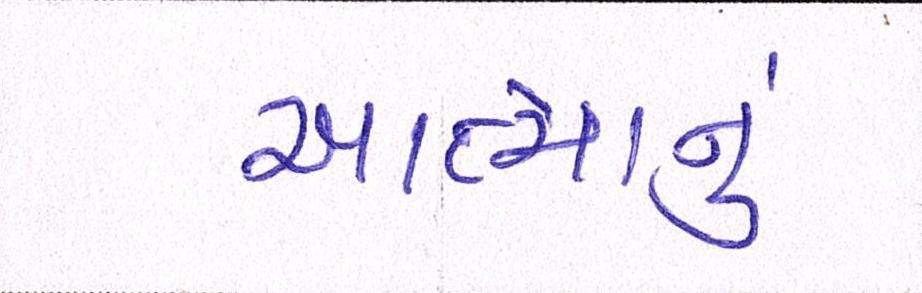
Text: આત્માનું